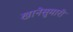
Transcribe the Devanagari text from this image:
खानेसुमारी